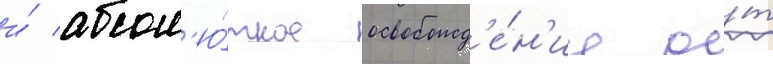
и́ абсол'ю́тное освобожд'е́н'ие о́т